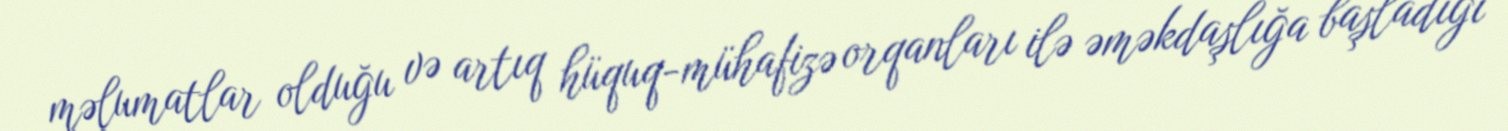
məlumatlar olduğu və artıq hüquq-mühafizə orqanları ilə əməkdaşlığa başladığı